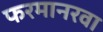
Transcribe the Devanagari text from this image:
फरमानरवा